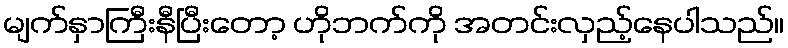
မျက်နှာကြီးနီပြီးတော့ ဟိုဘက်ကို အတင်းလှည့်နေပါသည်။